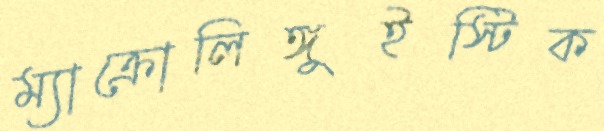
ম্যাক্রোলিঙ্গুইস্টিক